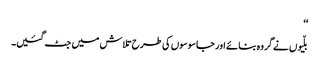
‘‘
بلّیوں نے گروہ بنائے اور جاسوسوں کی طرح تلاش میں جٹ گئیں۔